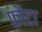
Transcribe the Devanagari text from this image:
फौटा